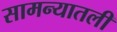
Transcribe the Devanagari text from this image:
सामन्यातली